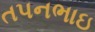
તપનભાઇ